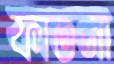
ফাতনা